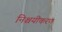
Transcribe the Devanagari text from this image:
निश्चयीकरण